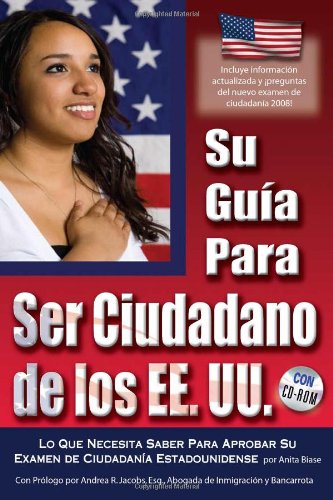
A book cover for Your U.S. Citizenship Guide: What You Need to Know to Pass Your U.S. Citizenship Test With Companion CD-ROM(SPANISH) (Spanish Edition); Anita Biase; Test Preparation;